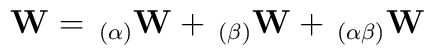
\mathbf{W}= \, _{(\alpha)}\mathbf{W} + \, _{(\beta)}\mathbf{W} + \,_{(\alpha\beta)}\mathbf{W}